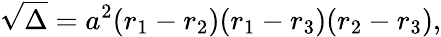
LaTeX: {\sqrt{\Delta}}=a^{2}(r_{1}-r_{2})(r_{1}-r_{3})(r_{2}-r_{3}),